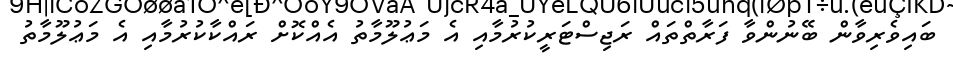
ބައިވެރިވާން ބޭނުންވާ ފަރާތްތައް ރަޖިސްޓަރީކުރުމާއި އެ މަޢުލޫމާތު އެއްކޮށް ރައްކާކުރުމާއި އެ މަޢުލޫމާތު